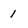
Character: 1